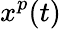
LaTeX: x^{p}(t)